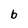
Character: b